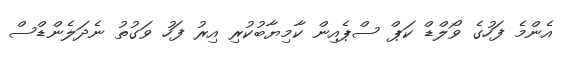
އެންމެ ފަހުގެ ވޯލްޑް ކަޕް ސްޕެއިން ކާމިޔާބުކުރި އިރު ފަހު ވަގުތު ނެދަލެންޑްސް